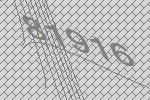
81916